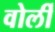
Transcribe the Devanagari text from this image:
वोर्ली